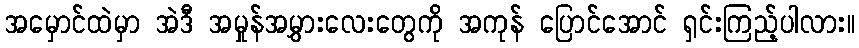
အမှောင်ထဲမှာ အဲဒီ အမှုန်အမွှားလေးတွေကို အကုန် ပြောင်အောင် ရှင်းကြည့်ပါလား။